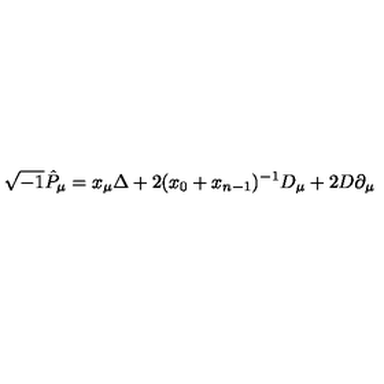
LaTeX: \sqrt { - 1 } \hat { P } _ { \mu } = x _ { \mu } \Delta + 2 ( x _ { 0 } + x _ { n - 1 } ) ^ { - 1 } D _ { \mu } + 2 D \partial _ { \mu }